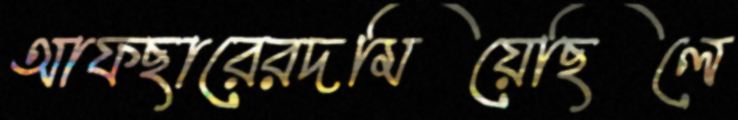
আফছারেরদমিয়েছিলে